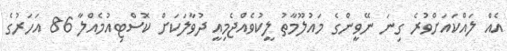
އެއް ލައްކައަށްވުރެ ގިނަ ނޭވީންގެ މައުލޫމާތު ލީކުވެއްޖެމިއީ ދުވާލަކަށް ކޮސްޓިއުމެއްލާ 86 އަހަރުގެ